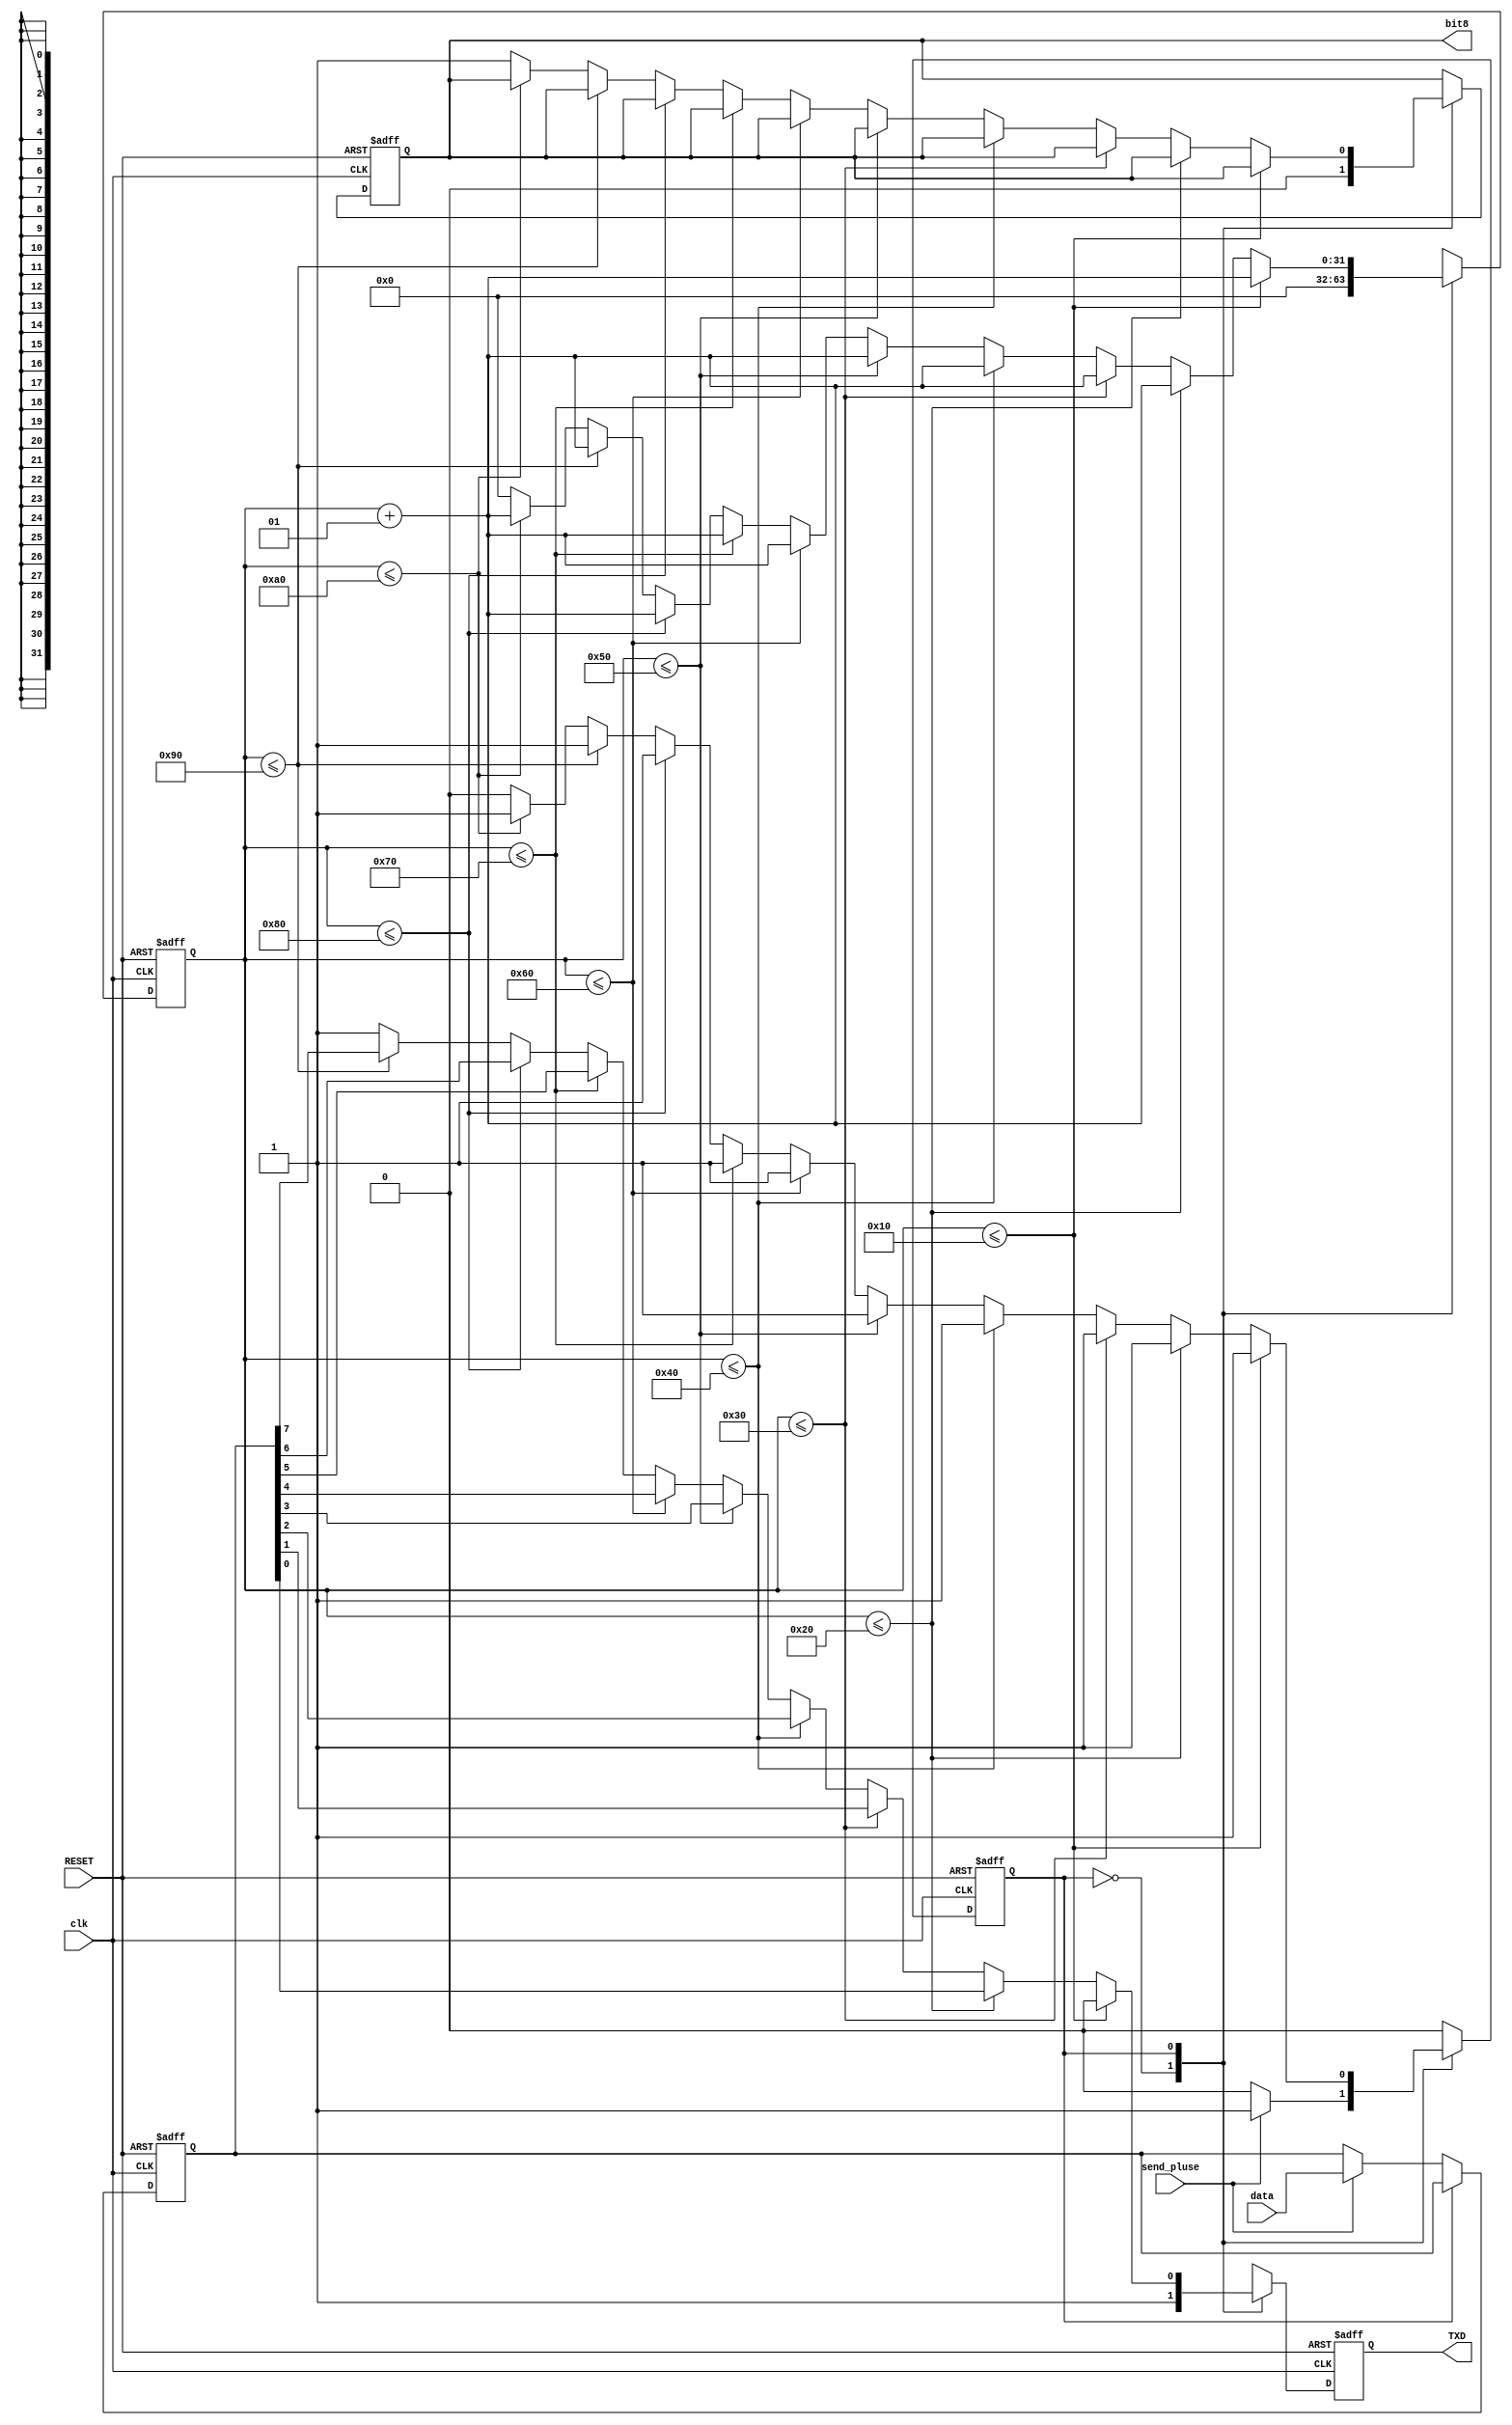
`timescale 1ns / 1ps
//////////////////////////////////////////////////////////////////////////////////
// Company: 
// Engineer: 
// 
// Design Name: 
// Module Name: UART_send
// Project Name: 
// Target Devices: 
// Tool Versions: 
// Description: 
// 
// Dependencies: 
// 
// Revision:
// Revision 0.01 - File Created
// Additional Comments:
// 
//////////////////////////////////////////////////////////////////////////////////


module UART_send(
    input  wire       clk          ,
    input  wire       RESET        ,
    input  wire [7:0] data         ,
    input  wire       send_pluse   ,  //
    output reg        bit8         =1'b0,
    output reg        TXD          =1'b1
);
    
    integer  cnt = 0 ;
    reg       state = 1'b0;
    parameter IDLE = 1'b0 , SEND = 1'b1;
    reg [7:0]  sendsign = 8'hFF ;
    
    always @ (posedge clk , posedge RESET)
        begin
            if(RESET)
                begin
                    bit8 <= 0 ;
                    cnt <= 0 ;
                    TXD <= 1'b1 ;
                    state <= IDLE;
                    sendsign <= 8'hFF ;
                end
            else 
                case(state)
                    IDLE: 
                        begin
                            cnt <= 0 ;
                            TXD <= 1'b1 ;
                            bit8 <= 1'b0;
                            if(send_pluse)
                                begin
                                    state <= SEND;
                                    sendsign <= data ;
                                end
                            else
                                state <= IDLE;
                        end
                    SEND:
                        begin
                            cnt <= cnt + 1;
                            
                            if(cnt<=16 )
                                TXD <= 1'b0 ;
                            else if(cnt<=16*2)
                                TXD <= sendsign[0] ;
                            else if(cnt<=16*3)
                                TXD <= sendsign[1] ;
                            else if(cnt<=16*4)
                                TXD <= sendsign[2] ;
                            else if(cnt<=16*5)
                                TXD <= sendsign[3] ;
                            else if(cnt<=16*6)
                                TXD <= sendsign[4] ;
                            else if(cnt<=16*7)
                                TXD <= sendsign[5] ;
                            else if(cnt<=16*8)
                                TXD <= sendsign[6] ;
                            else if(cnt<=16*9)
                                TXD <= sendsign[7] ;
                            else if(cnt<=16*10)
                                begin
                                    TXD <= 1'b1 ;
//                                    bit8 <= 1'b1;
                                end
                            else 
                                begin
                                    TXD <= 1'b1 ;
                                    state <= IDLE ; 
                                    cnt <= 0;
                                    bit8 <= 1'b1;
                                end
                        end
                endcase    
        end
    
    
endmodule